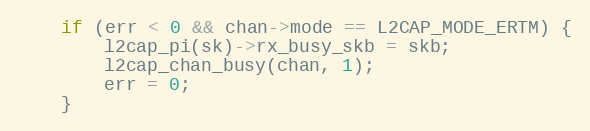
Language: C
	if (err < 0 && chan->mode == L2CAP_MODE_ERTM) {
		l2cap_pi(sk)->rx_busy_skb = skb;
		l2cap_chan_busy(chan, 1);
		err = 0;
	}